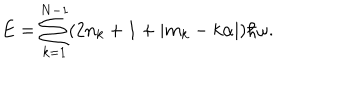
E = \sum _ { k = 1 } ^ { N - 1 } ( 2 n _ { k } + 1 + | m _ { k } - k \alpha | ) \hbar \omega .